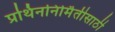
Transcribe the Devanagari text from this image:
प्रथिननिर्मितीसाठी